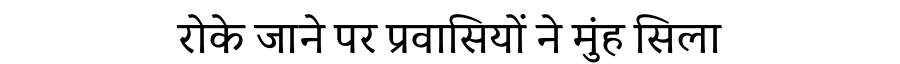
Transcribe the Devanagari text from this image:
रोके जाने पर प्रवासियों ने मुंह सिला